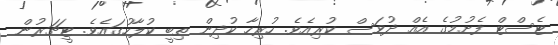
ޓެސްޓް ފެށުމުގެ އެއް ދުވަސް ކުރިއެވެ. ހުރިހާ ކުދިން ތިބީ ކުލާހުގައެވެ. ޓީޗަރުން